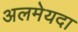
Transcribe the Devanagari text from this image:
अलमेयदा